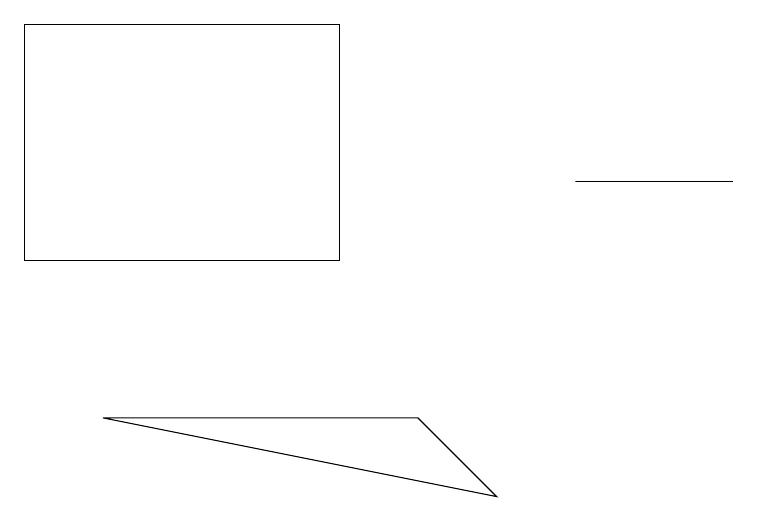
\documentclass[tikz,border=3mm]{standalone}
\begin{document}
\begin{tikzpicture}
\draw (4,10) rectangle (0,13);
\draw (5,8) -- (6,7) -- (1,8) -- cycle;
\draw (7,11) rectangle (9,11);
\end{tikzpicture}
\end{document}